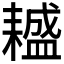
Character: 𦔤